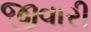
જીવારી